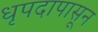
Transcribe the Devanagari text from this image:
धृपदापासून